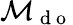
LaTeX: {{\mathcal{M}}_{{{\mathrm{~d~o~}}}}}